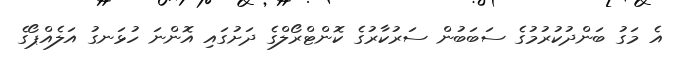
އެ މަގު ބަންދުކުރުމުގެ ސަބަބުން ސަރުކާރުގެ ކޮންޓްރޯލްގެ ދަށުގައި އޮންނަ ހުޅަނގު އަލެއްޕޯގެ